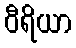
ဝီရိယာ